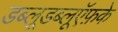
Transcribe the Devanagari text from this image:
डब्लूडब्लूऍफ़के